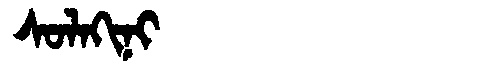
Manchu: ᠰᠣᠯᠠᡴᡳᠨᡳ
Romanization: SOLAKINI